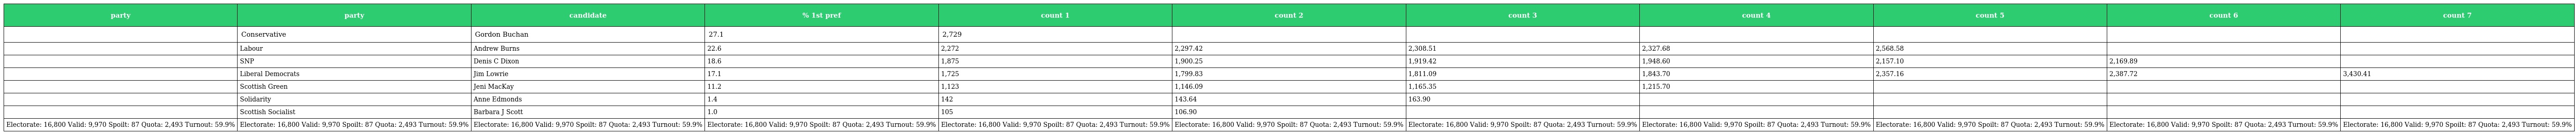
| party | party | candidate | % 1st pref | count 1 | count 2 | count 3 | count 4 | count 5 | count 6 | count 7 |
 | --- | --- | --- | --- | --- | --- | --- | --- | --- | --- | --- |
 |  | Conservative | Gordon Buchan | 27.1 | 2,729 |  |  |  |  |  |  |
 |  | Labour | Andrew Burns | 22.6 | 2,272 | 2,297.42 | 2,308.51 | 2,327.68 | 2,568.58 |  |  |
 |  | SNP | Denis C Dixon | 18.6 | 1,875 | 1,900.25 | 1,919.42 | 1,948.60 | 2,157.10 | 2,169.89 |  |
 |  | Liberal Democrats | Jim Lowrie | 17.1 | 1,725 | 1,799.83 | 1,811.09 | 1,843.70 | 2,357.16 | 2,387.72 | 3,430.41 |
 |  | Scottish Green | Jeni MacKay | 11.2 | 1,123 | 1,146.09 | 1,165.35 | 1,215.70 |  |  |  |
 |  | Solidarity | Anne Edmonds | 1.4 | 142 | 143.64 | 163.90 |  |  |  |  |
 |  | Scottish Socialist | Barbara J Scott | 1.0 | 105 | 106.90 |  |  |  |  |  |
 | Electorate: 16,800 Valid: 9,970 Spoilt: 87 Quota: 2,493 Turnout: 59.9% | Electorate: 16,800 Valid: 9,970 Spoilt: 87 Quota: 2,493 Turnout: 59.9% | Electorate: 16,800 Valid: 9,970 Spoilt: 87 Quota: 2,493 Turnout: 59.9% | Electorate: 16,800 Valid: 9,970 Spoilt: 87 Quota: 2,493 Turnout: 59.9% | Electorate: 16,800 Valid: 9,970 Spoilt: 87 Quota: 2,493 Turnout: 59.9% | Electorate: 16,800 Valid: 9,970 Spoilt: 87 Quota: 2,493 Turnout: 59.9% | Electorate: 16,800 Valid: 9,970 Spoilt: 87 Quota: 2,493 Turnout: 59.9% | Electorate: 16,800 Valid: 9,970 Spoilt: 87 Quota: 2,493 Turnout: 59.9% | Electorate: 16,800 Valid: 9,970 Spoilt: 87 Quota: 2,493 Turnout: 59.9% | Electorate: 16,800 Valid: 9,970 Spoilt: 87 Quota: 2,493 Turnout: 59.9% | Electorate: 16,800 Valid: 9,970 Spoilt: 87 Quota: 2,493 Turnout: 59.9% |